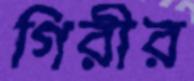
গিরীর